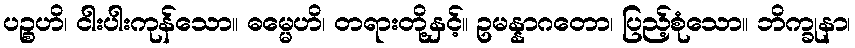
ပဉ္စဟိ၊ ငါးပါးကုန်သော။ ဓမ္မေဟိ၊ တရားတို့နှင့်။ ဥမန္နာဂတော၊ ပြည့်စုံသော။ ဘိက္ခုနာ၊